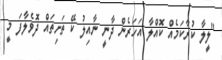
"ލީލާ ކުރާކަމެއް ކޮއްލާ އަހަރެން ދާނީ ނާއިލު ކޭ ތަށިތައް ދޮވެލާފަ މީ